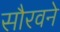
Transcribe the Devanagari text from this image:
सौरवने